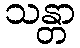
သန္တာ